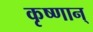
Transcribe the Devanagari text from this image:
कृष्णान्‌